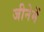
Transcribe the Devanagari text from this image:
जीनेमें